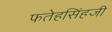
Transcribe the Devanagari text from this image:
फतेहसिंहजी